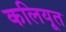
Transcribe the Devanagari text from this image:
कलियूत